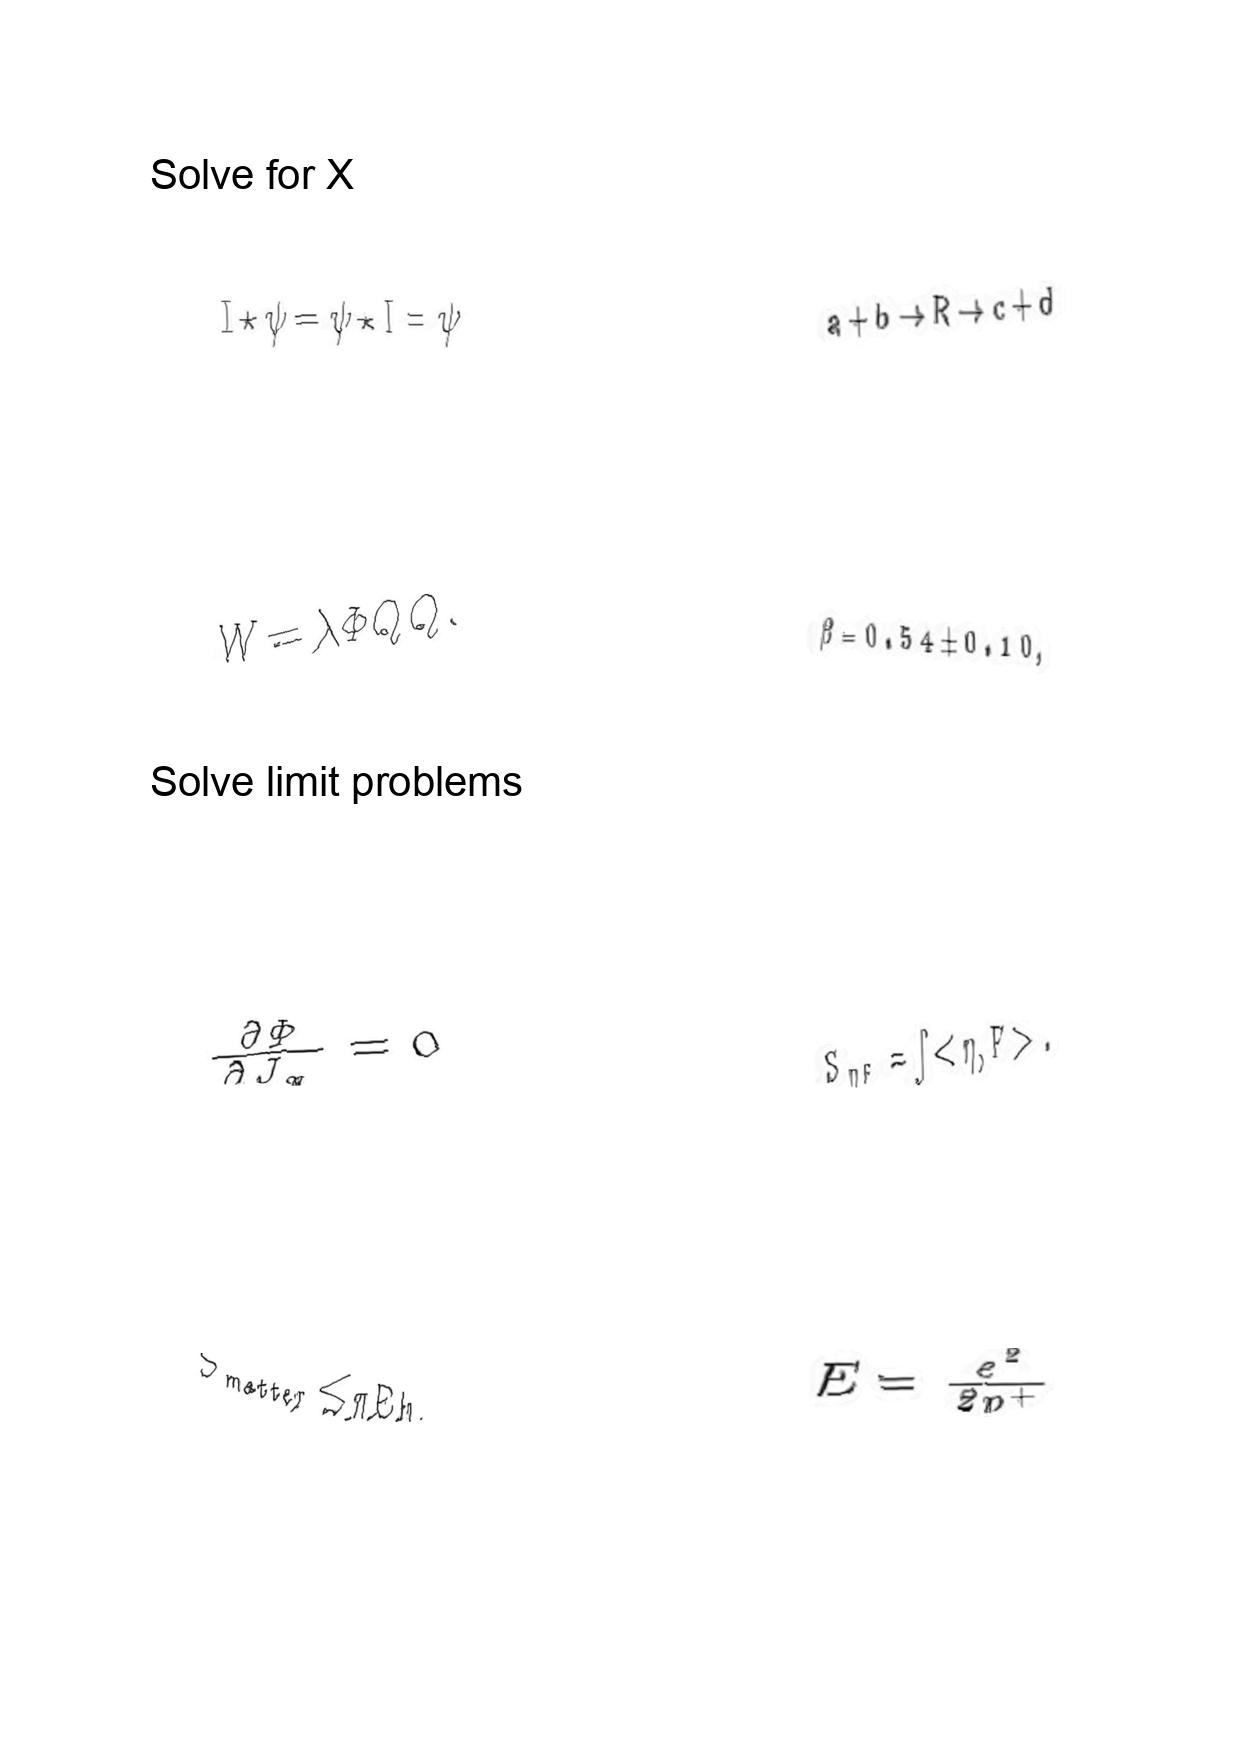
LaTeX transcription:
I \star \psi = \psi \star I = \psi
W = \lambda \Phi Q \tilde { Q } .
\frac { \partial \Phi } { \partial J _ { x } } = 0
S _ { \mathrm { m a t t e r } } \leq \pi E h .
a + b \rightarrow R \rightarrow c + d
\beta = 0 . 5 4 \pm 0 . 1 0 ,
S _ { \eta F } = \int \lt \eta , F \gt .
E = \frac { e ^ { 2 } } { 2 p ^ { + } }